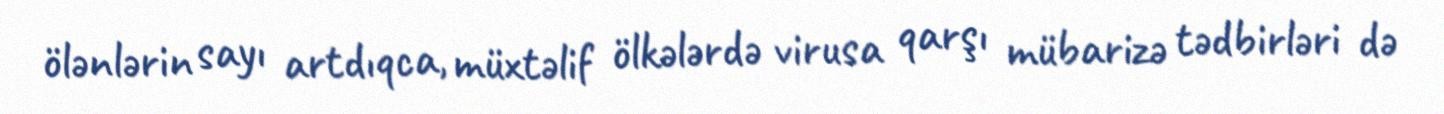
ölənlərin sayı artdıqca, müxtəlif ölkələrdə virusa qarşı mübarizə tədbirləri də